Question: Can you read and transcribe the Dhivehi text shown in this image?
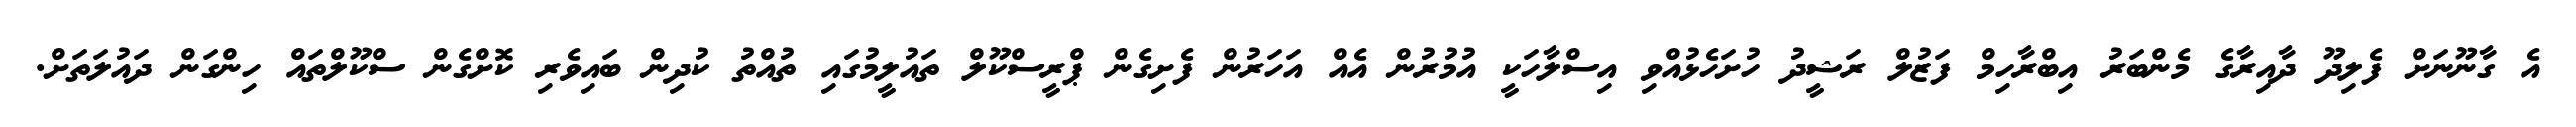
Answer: އެ ގާނޫނަށް ފެލިދޫ ދާއިރާގެ މެންބަރު އިބްރާހިމް ފަޒުލް ރަޝީދު ހުށަހެޅުއްވި އިސްލާހަކީ އުމުރުން އެއް އަހަރުން ފެށިގެން ޕްރީސްކޫލް ތައުލީމުގައި ތުއްތު ކުދިން ބައިވެރި ކޮށްގެން ސްކޫލްތައް ހިންގަން ދައުލަތަށް.